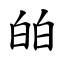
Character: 㿟